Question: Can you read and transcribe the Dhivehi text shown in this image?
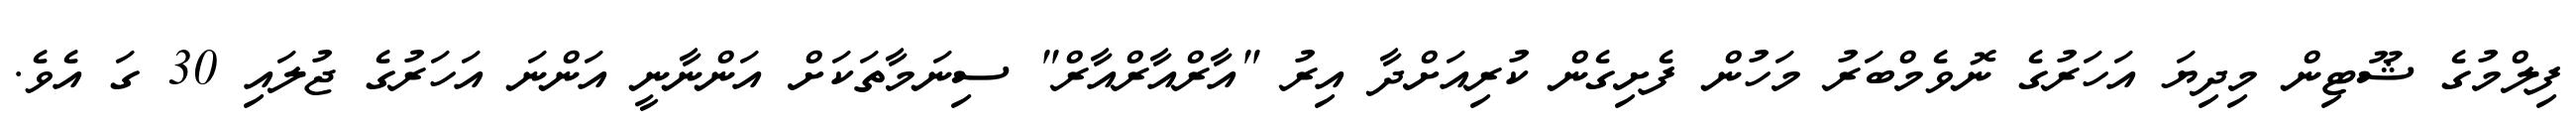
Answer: ފިލްމުގެ ޝޫޓިން މިދިޔަ އަހަރުގެ ނޮވެމްބަރު މަހުން ފެށިގެން ކުރިއަށްދާ އިރު "އާރްއާރްއާރް" ސިނަމާތަކަށް އަންނާނީ އަންނަ އަހަރުގެ ޖުލައި 30 ގަ އެވެ.